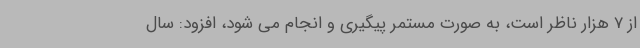
از 7 هزار ناظر است، به صورت مستمر پیگیری و انجام می شود، افزود: سال